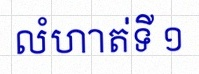
លំហាត់ទី ១